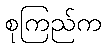
စုကြည်က